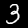
Digit: 3